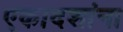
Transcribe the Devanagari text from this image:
एकादशांना